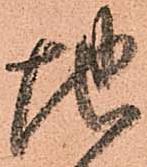
地